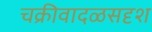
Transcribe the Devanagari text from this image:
चक्रीवादळसदृश